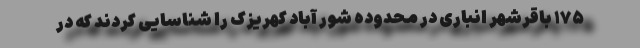
۱۷۵ باقرشهر انباری در محدوده شور آباد کهریزک را شناسایی کردند که در